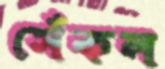
সেঁকল